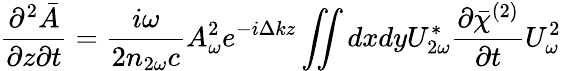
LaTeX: \frac{\partial^{2}\bar{A}}{\partial z\partial t}=\frac{i\omega}{2n_{2\omega}c}A_{\omega}^{2}e^{-i\Delta kz}\iint dxdyU_{2\omega}^{*}\frac{\partial{\bar{\chi}}^{(2)}}{\partial t}U_{\omega}^{2}